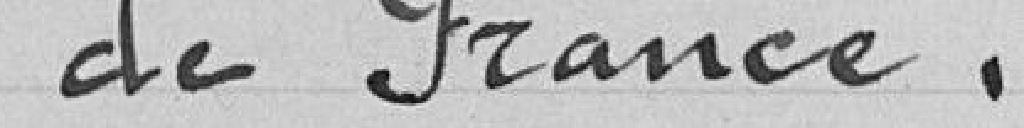
de France.